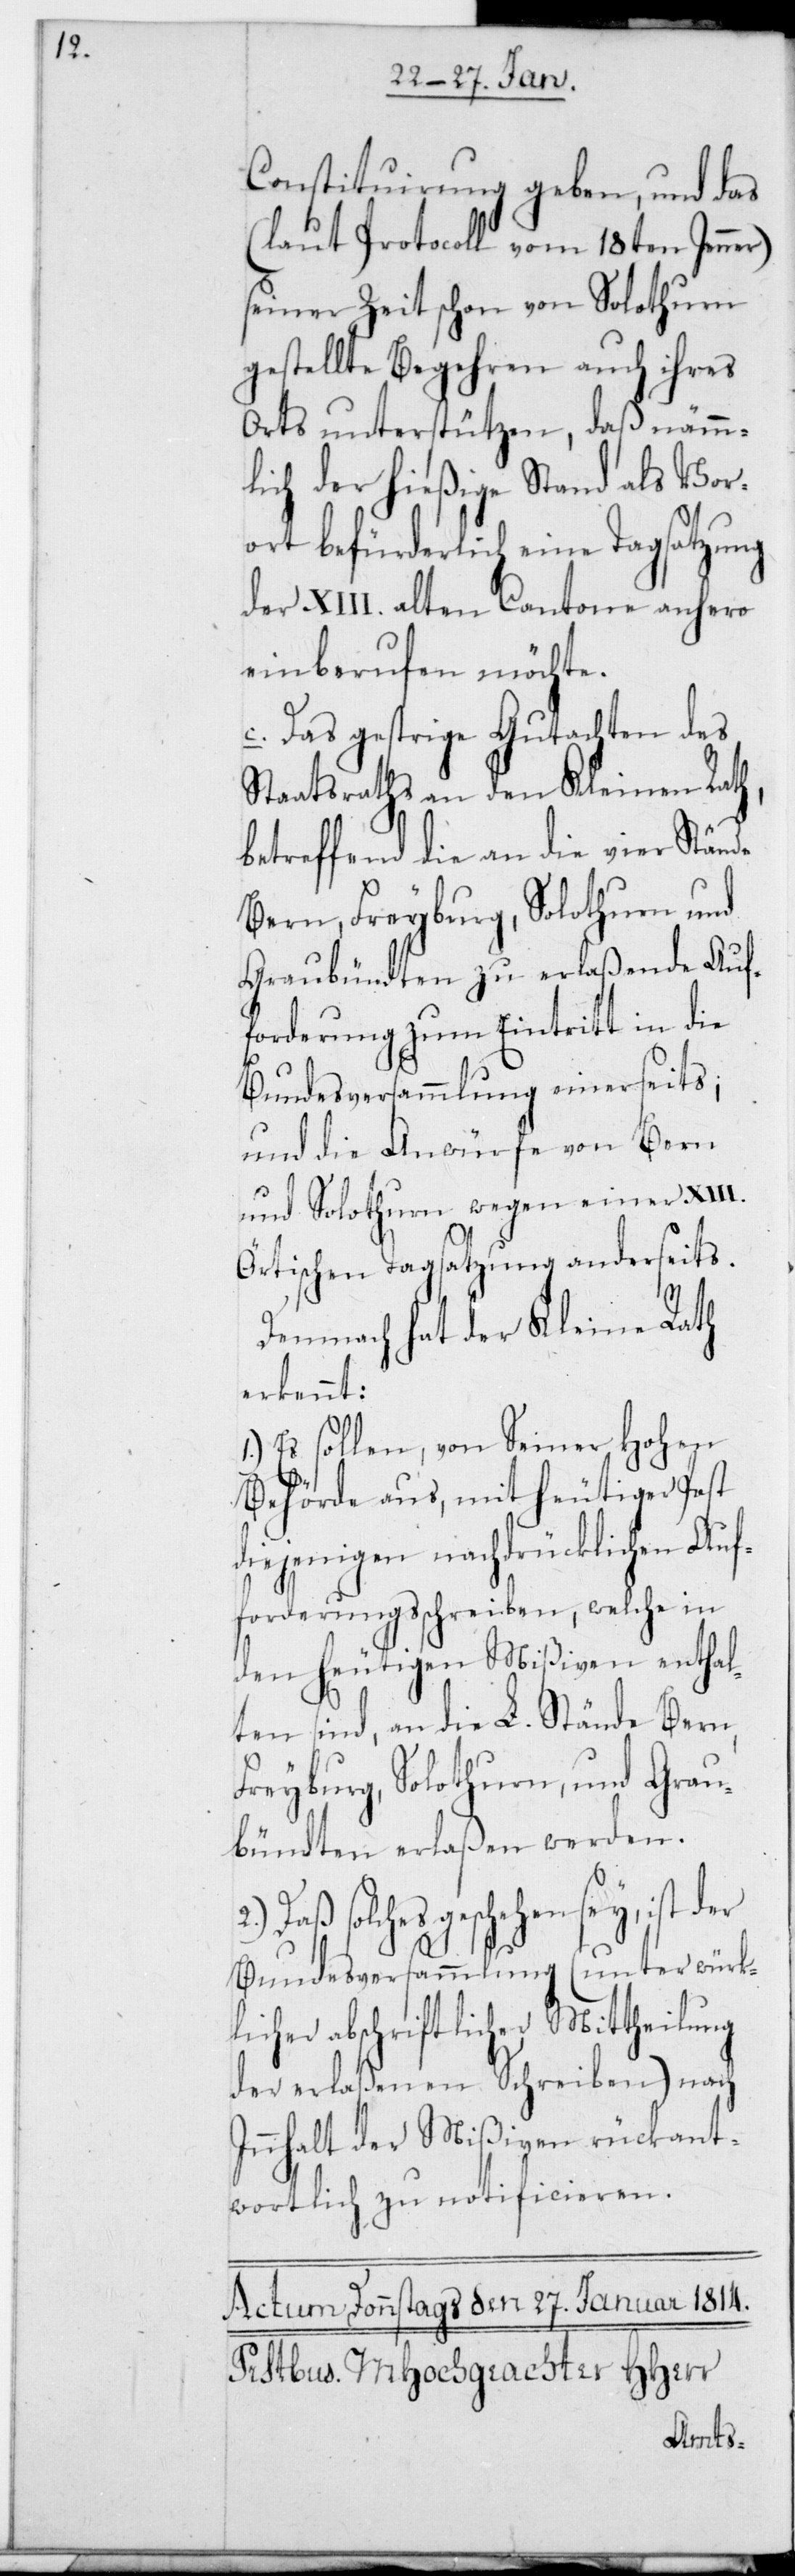
Constituierung geben, und das
(laut Protocoll vom 18ten Jenner)
seiner Zeit schon von Solothurn
gestellte Begehren auch ihres
Orts unterstützen, daß nämm¬
lich der hießige Stand als Vor¬
ort befürderlich eine Tagsatzung
der XIII. alten Cantone anhero
einberufen möchte.
c. Das gestrige Gutachten des
Staatsraths an den Kleinen Rath,
betreffend die an die vier Stände
Bern, Freyburg, Solothurn und
Graubündten zu erlaßende Auf¬
forderung zum Eintritt in die
Bundesversammlung einerseits;
und die Anwürfe von Bern
und Solothurn wegen einer XIII.
Örtischen Tagsatzung anderseits.
Demnach hat der Kleine Rath
erkennt:
Es sollen von Seiner Hohen
Behörde aus, mit heutiger Post
diejenigen nachdrücklichen Auf¬
forderungsschreiben, welche in
den heutigen Mißiven enthal¬
ten sind, an die L. Stände Bern,
Freyburg, Solothurn und Grau¬
bündten erlaßen werden.
solches geschehen sey, ist der
Bundesversammlung (unter würk¬
licher abschriftlicher Mittheilung
der erlaßenen Schreiben) nach
Innhalt der Mißiven rückant¬
wortlich zu notificieren.